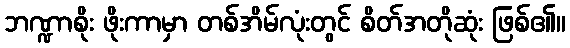
ဘဏ္ဍာစိုး ဖိုးကာမှာ တစ်အိမ်လုံးတွင် စိတ်အတိုဆုံး ဖြစ်၏။